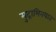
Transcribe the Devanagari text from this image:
मुद्राभिनयात